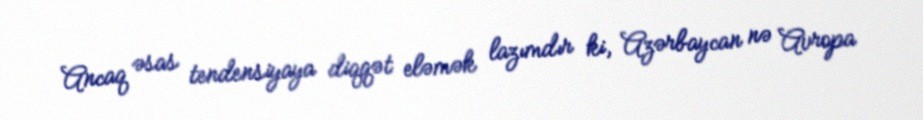
Ancaq əsas tendensiyaya diqqət eləmək lazımdır ki, Azərbaycan nə Avropa